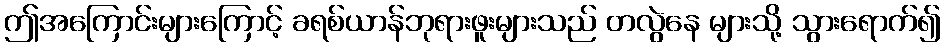
ဤအကြောင်းများကြောင့် ခရစ်ယာန်ဘုရားဖူးများသည် တလွဲနေ များသို့ သွားရောက်၍